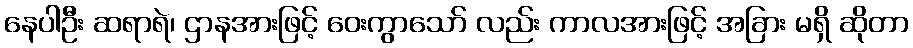
နေပါဦး ဆရာရဲ၊ ဌာနအားဖြင့် ဝေးကွာသော် လည်း ကာလအားဖြင့် အခြား မရှိ ဆိုတာ